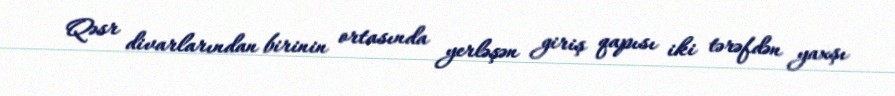
Qəsr divarlarından birinin ortasında yerləşən giriş qapısı iki tərəfdən yaxşı